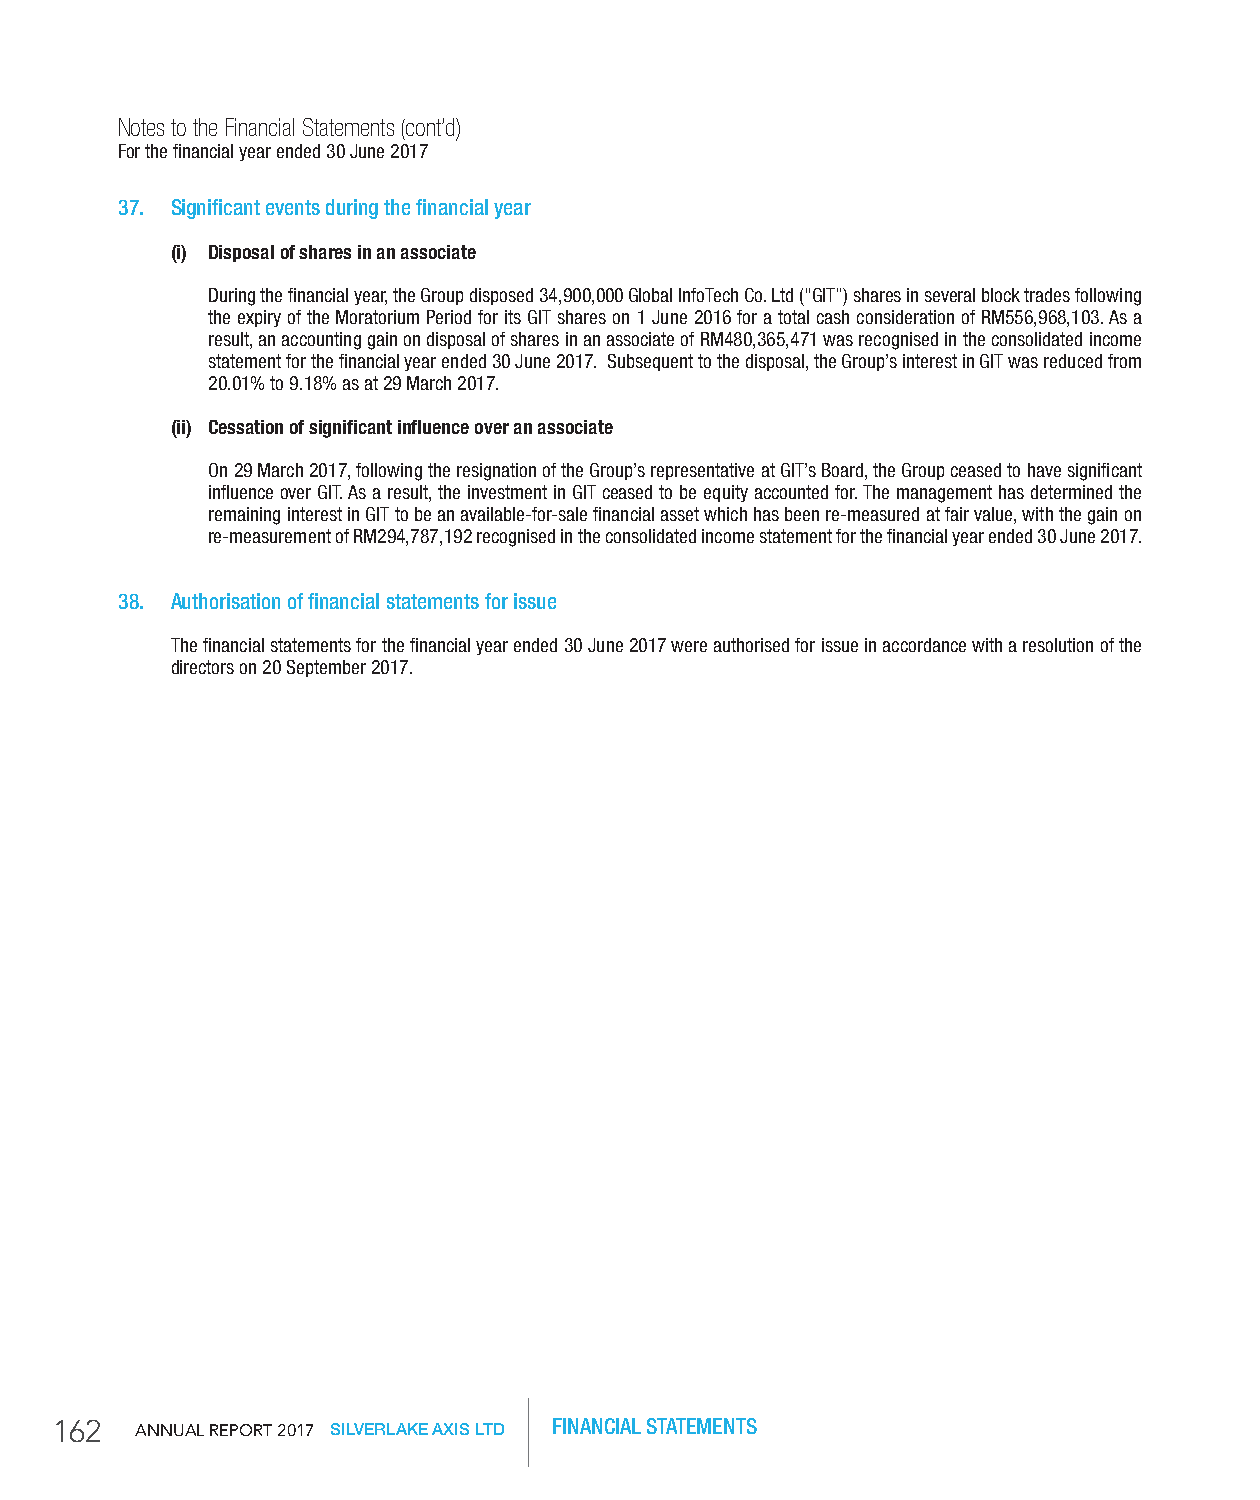
Notes to the Financial Statements (cont’d)
 For the financial year ended 30 June 2017
 37. Significant events during the financial year
 (i) Disposal of shares in an associate
 During the financial year, the Group disposed 34,900,000 Global InfoTech Co. Ltd (“GIT”) shares in several block trades following
 the expiry of the Moratorium Period for its GIT shares on 1 June 2016 for a total cash consideration of RM556,968,103. As a
 result, an accounting gain on disposal of shares in an associate of RM480,365,471 was recognised in the consolidated income
 statement for the financial year ended 30 June 2017. Subsequent to the disposal, the Group’s interest in GIT was reduced from
 20.01% to 9.18% as at 29 March 2017.
 (ii) Cessation of significant influence over an associate
 On 29 March 2017, following the resignation of the Group’s representative at GIT’s Board, the Group ceased to have significant
 influence over GIT. As a result, the investment in GIT ceased to be equity accounted for. The management has determined the
 remaining interest in GIT to be an available-for-sale financial asset which has been re-measured at fair value, with the gain on
 re-measurement of RM294,787,192 recognised in the consolidated income statement for the financial year ended 30 June 2017.
 38. Authorisation of financial statements for issue
 The financial statements for the financial year ended 30 June 2017 were authorised for issue in accordance with a resolution of the
 directors on 20 September 2017.
 162   AnnuAl RepoRt 2017 SILVERLAKE AXIS LTD FINANCIAL STATEMENTS